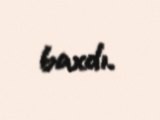
baxdı.